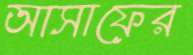
আসাফের